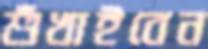
শুঁখাইবেন